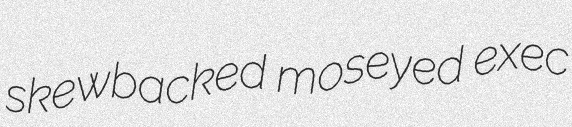
skewbacked moseyed exec